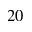
2 0